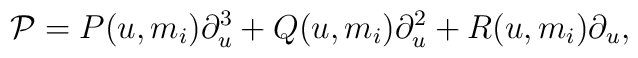
{\cal P}={P}(u,m_i)\partial_u^3+{Q}(u,m_i)\partial_u^2+{R}(u,m_i)\partial_u,